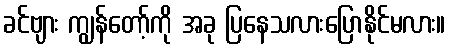
ခင်ဗျား ကျွန်တော့်ကို အခု ပြနေသလားပြောနိုင်မလား။